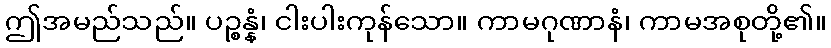
ဤအမည်သည်။ ပဉ္စန္နံ၊ ငါးပါးကုန်သော။ ကာမဂုဏာနံ၊ ကာမအစုတို့၏။